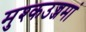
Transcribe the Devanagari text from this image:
मुश्कउज्जमां